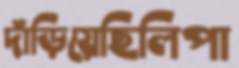
দাঁড়িয়েছিলিপা